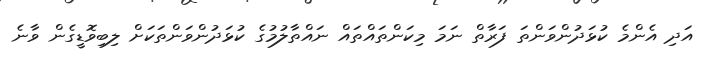
އަދި އެންމެ ކުޅަދުންވަންތަ ފަރާތް ނަމަ މިކަންތައްތައް ނައްތާލުމުގެ ކުޅަދުންވަންތަކަށް ލިބިވޮޑީގެން ވާނެ